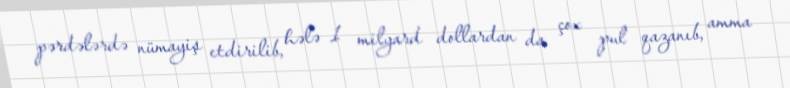
pərdələrdə nümayiş etdirilib, hələ 1 milyard dollardan da çox pul qazanıb, amma